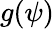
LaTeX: g(\psi)